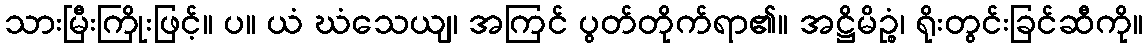
သားမြီးကြိုးဖြင့်။ ပ။ ယံ ဃံသေယျ၊ အကြင် ပွတ်တိုက်ရာ၏။ အဋ္ဌိမိဉ္စံ၊ ရိုးတွင်းခြင်ဆီကို။